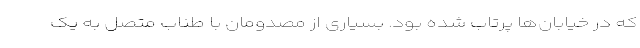
که در خیابان‌ها پرتاب شده بود. بسیاری از مصدومان با طناب متصل به یک